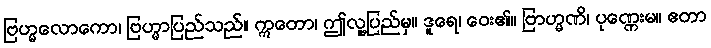
ဗြဟ္မလောကော၊ ဗြဟ္မာပြည်သည်။ ဣတော၊ ဤလူ့ပြည်မှ။ ဒူရေ၊ ဝေး၏။ ဗြာဟ္မဏိ၊ ပုဏ္ဏေးမ။ ဧတာ